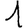
Digit: 1